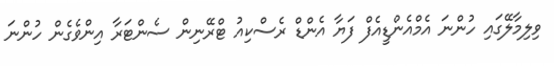
ވިލިމާލޭގައި ހުންނަ އެމްއެންޑީއެފް ފަޔާ އެންޑް ރެސްކިއު ޓްރޭނިން ސެންޓަރާ އިންވެގެން ހުންނަ